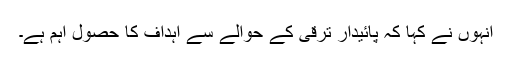
انہوں نے کہا کہ پائیدار ترقی کے حوالے سے اہداف کا حصول اہم ہے۔